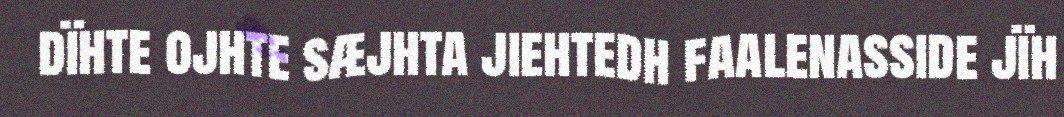
dïhte ojhte sæjhta jiehtedh faalenasside jïh